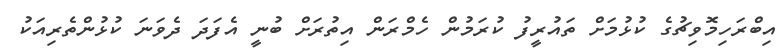
އިބްރަހިމޮވިޗުގެ ކުޅުމަށް ތައުރީފު ކުރަމުން ހެމްރަން އިތުރަށް ބުނީ އެފަދަ ދެވަނަ ކުޅުންތެރިއަކު